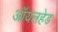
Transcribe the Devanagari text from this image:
ऑयलहेड